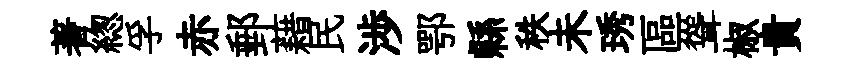
著緫孚赤郵藉民渉鄂縣秩未琇區聳椒貴